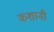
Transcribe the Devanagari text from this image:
कशानी